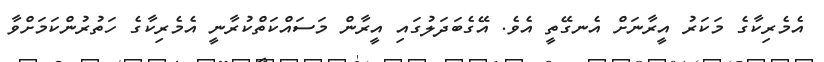
އެމެރިކާގެ މަކަރު އީރާނަށް އެނގޭތީ އެވެ. އޭގެބަދަލުގައި އީރާން މަސައްކަތްކުރާނީ އެމެރިކާގެ ހަތުރުންކަމަށްވާ